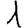
Digit: 1